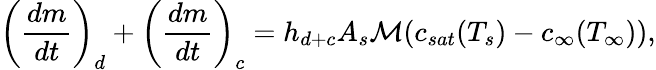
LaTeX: \left(\frac{dm}{dt}\right)_{d}+\left(\frac{dm}{dt}\right)_{c}=h_{d+c}A_{s}\mathcal{M}(c_{sat}(T_{s})-c_{\infty}(T_{\infty})),